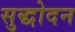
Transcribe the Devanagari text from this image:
सुद्धोदन